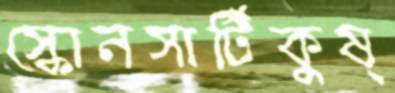
স্কোনসার্টিকুষ্